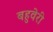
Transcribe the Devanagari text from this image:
बहुवेरी